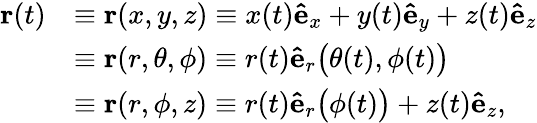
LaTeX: {\begin{array}{rl}{\mathbf{r}(t)}&{\equiv\mathbf{r}(x,y,z)\equiv x(t)\mathbf{\hat{e}}_{x}+y(t)\mathbf{\hat{e}}_{y}+z(t)\mathbf{\hat{e}}_{z}}\\ &{\equiv\mathbf{r}(r,\theta,\phi)\equiv r(t)\mathbf{\hat{e}}_{r}{\big(}\theta(t),\phi(t){\big)}}\\ &{\equiv\mathbf{r}(r,\phi,z)\equiv r(t)\mathbf{\hat{e}}_{r}{\big(}\phi(t){\big)}+z(t)\mathbf{\hat{e}}_{z},}\end{array}}